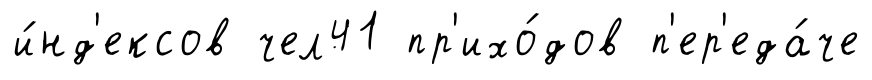
и́нд'ексов чел41 пр'ихо́дов п'ер'еда́че